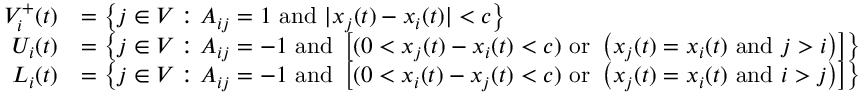
\begin{array} { r l } { V _ { i } ^ { + } ( t ) } & { = \left\{ j \in V : A _ { i j } = 1 \mathrm { ~ a n d ~ } | x _ { j } ( t ) - x _ { i } ( t ) | < c \right\} } \\ { U _ { i } ( t ) } & { = \left\{ j \in V : A _ { i j } = - 1 \mathrm { ~ a n d ~ } \left[ ( 0 < x _ { j } ( t ) - x _ { i } ( t ) < c ) \mathrm { ~ o r ~ } \left( x _ { j } ( t ) = x _ { i } ( t ) \mathrm { ~ a n d ~ } j > i \right) \right] \right\} } \\ { L _ { i } ( t ) } & { = \left\{ j \in V : A _ { i j } = - 1 \mathrm { ~ a n d ~ } \left[ ( 0 < x _ { i } ( t ) - x _ { j } ( t ) < c ) \mathrm { ~ o r ~ } \left( x _ { j } ( t ) = x _ { i } ( t ) \mathrm { ~ a n d ~ } i > j \right) \right] \right\} } \end{array}